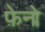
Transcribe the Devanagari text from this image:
फ़ेनो